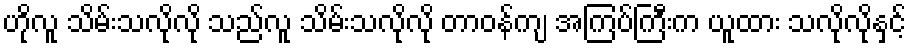
ဟိုလူ သိမ်းသလိုလို သည်လူ သိမ်းသလိုလို တာဝန်ကျ အကြပ်ကြီးက ယူထား သလိုလိုနှင့်